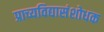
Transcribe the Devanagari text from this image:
प्राच्यविद्यासंशोधक